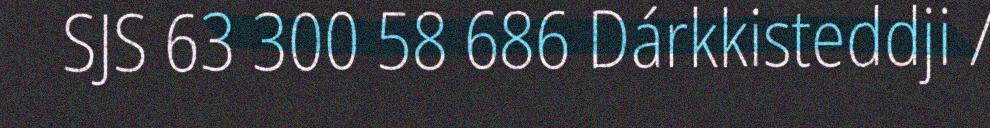
SJS 63 300 58 686 Dárkkisteddji /